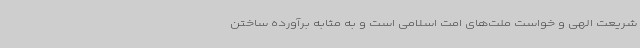
شریعت الهی و خواست ملت‌های امت اسلامی است و به مثابه برآورده ساختن